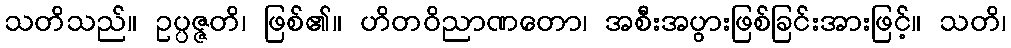
သတိသည်။ ဥပ္ပဇ္ဇတိ၊ ဖြစ်၏။ ဟိတဝိညာဏတော၊ အစီးအပွားဖြစ်ခြင်းအားဖြင့်။ သတိ၊